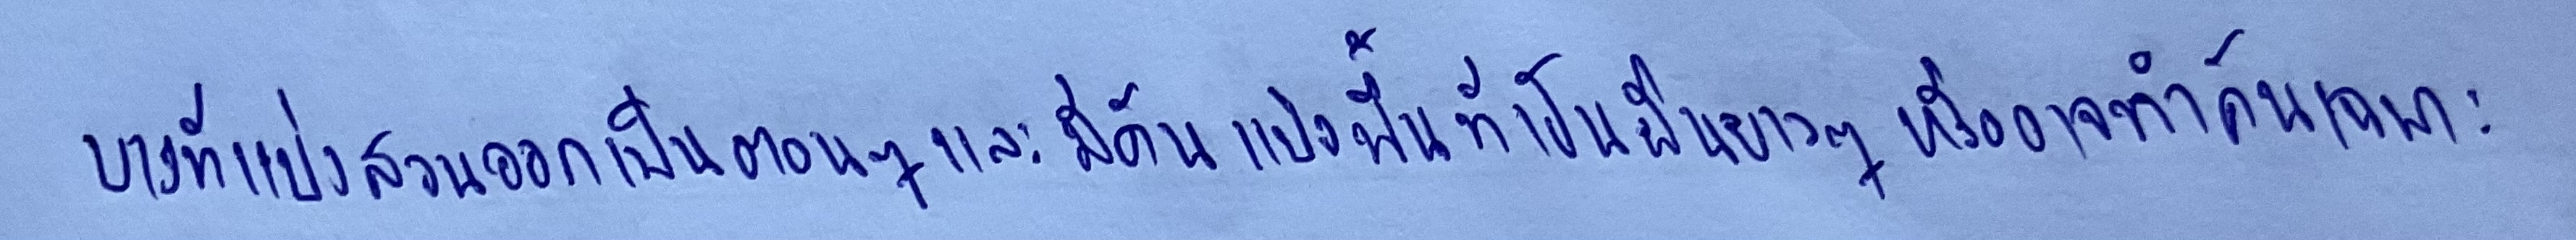
บางทีแบ่งสวนออกเป็นตอนๆและมีคันแบ่งพื้นที่เป็นผืนยาวๆหรืออาจทำคันเฉพาะ